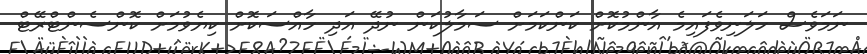
ނަމަވެސް ހަލަނިވެފައިމެ އާންމުކޮށް ކަންކަމަށް ސަމާލުކަން ނުދޭ އަދި ހާއްސަކޮށް ކިޔެވުމަށް ކޮންސެންޓްރޭޓް